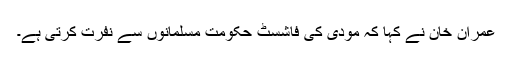
عمران خان نے کہا کہ مودی کی فاشسٹ حکومت مسلمانوں سے نفرت کرتی ہے۔